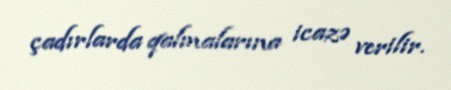
çadırlarda qalmalarına icazə verilir.